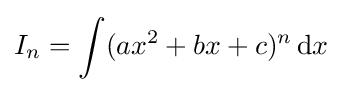
I_{n}=\int (ax^{2}+bx+c)^{n}\,{\text{d}}x\,\!